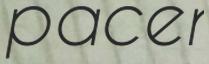
pacer